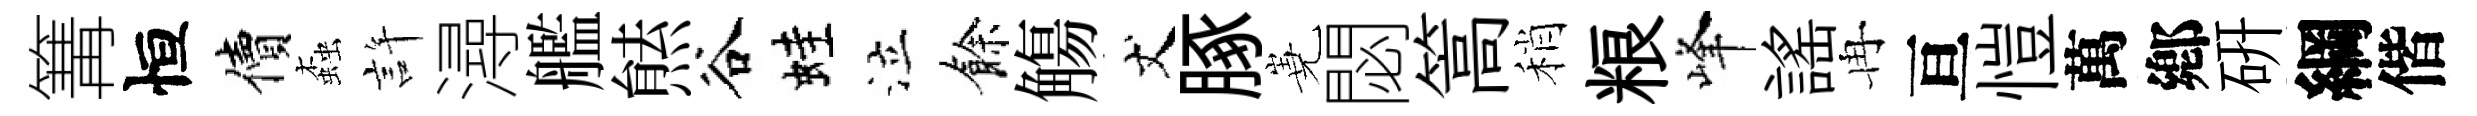
篝恒價螙許潯艦㷱谷蛙泣餘觴丈䐁嶤閟篙稍粮峰謡冉亘愷萬鄕硏綱偕